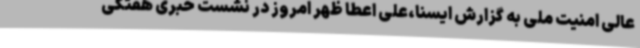
عالی امنیت ملی به گزارش ایسنا،علی اعطا ظهر امروز در نشست خبری هفتگی